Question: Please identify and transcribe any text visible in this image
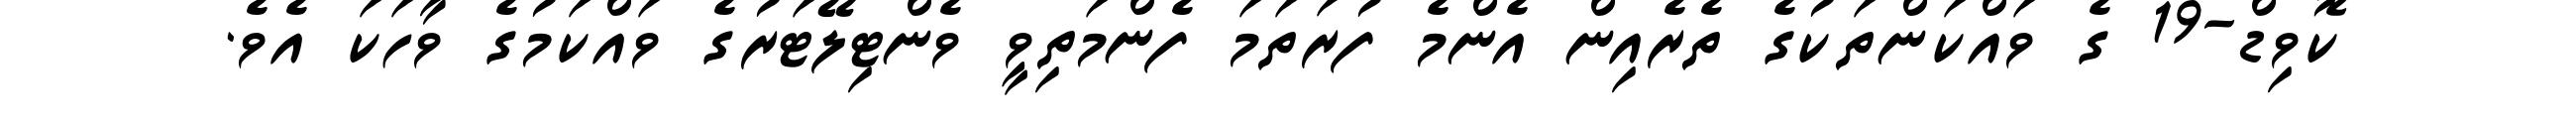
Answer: ކޮވިޑް-19 ގެ ވައްކަންތަކުގެ ތެރެއިން އެންމެ ފުރަތަމަ ފެންމަތިވީ ވެންޓިލޭޓަރުގެ ވައްކަމުގެ ވާހަކަ އެވެ.